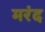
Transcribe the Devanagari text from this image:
मरंद